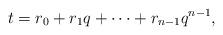
LaTeX: \begin{align*}t=r_0+r_1q+\cdots +r_{n-1}q^{n-1},\end{align*}